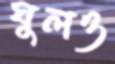
ঘুলও